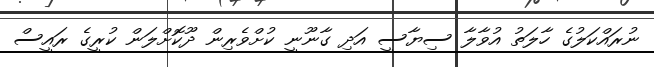
ނުރައްކަލުގެ ހާލަތު އުވާލާ ސިޔާސީ އަދި ގާނޫނީ ކުށްވެރިން ދޫކޮށްލަން ކުރީގެ ރައީސް